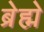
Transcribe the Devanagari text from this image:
ब्रेह्मे